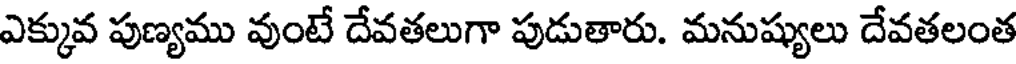
ఎక్కువ పుణ్యము వుంటే దేవతలుగా పుడుతారు. మనుష్యులు దేవతలంత